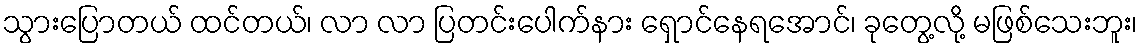
သွားပြောတယ် ထင်တယ်၊ လာ လာ ပြတင်းပေါက်နား ရှောင်နေရအောင်၊ ခုတွေ့လို့ မဖြစ်သေးဘူး၊